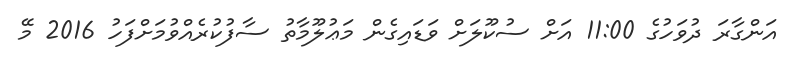
އަންގާރަ ދުވަހުގެ 11:00 އަށް ސުކޫލަށް ވަޑައިގެން މަޢުލޫމާތު ސާފުކުރެއްވުމަށްފަހު 2016 މޭ